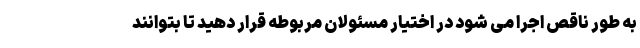
به طور ناقص اجرا می شود در اختیار مسئولان مربوطه قرار دهید تا بتوانند